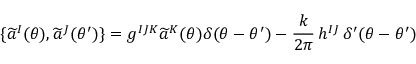
\{ \widetilde { a } ^ { I } ( \theta ) , \widetilde { a } ^ { J } ( \theta ^ { \prime } ) \} = g ^ { I J K } \widetilde { a } ^ { K } ( \theta ) \delta ( \theta - \theta ^ { \prime } ) - \frac { k } { 2 \pi } \, h ^ { I J } \, \delta ^ { \prime } ( \theta - \theta ^ { \prime } )